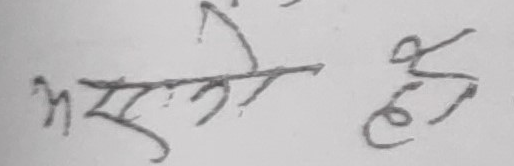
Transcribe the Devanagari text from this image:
अस्त हो